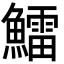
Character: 鱩